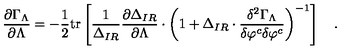
{ \frac { \partial \Gamma _ { \Lambda } } { \partial \Lambda } } = - { \frac { 1 } { 2 } } \mathrm { t r } \left[ { \frac { 1 } { \Delta _ { I R } } } { \frac { \partial \Delta _ { I R } } { \partial \Lambda } } \cdot \left( 1 + \Delta _ { I R } \cdot { \frac { \delta ^ { 2 } \Gamma _ { \Lambda } } { \delta \varphi ^ { c } \delta \varphi ^ { c } } } \right) ^ { - 1 } \right] \quad .